Report of the Indian Hemp Drugs Commission, 1894-1895 - Volume III
Year: 1894
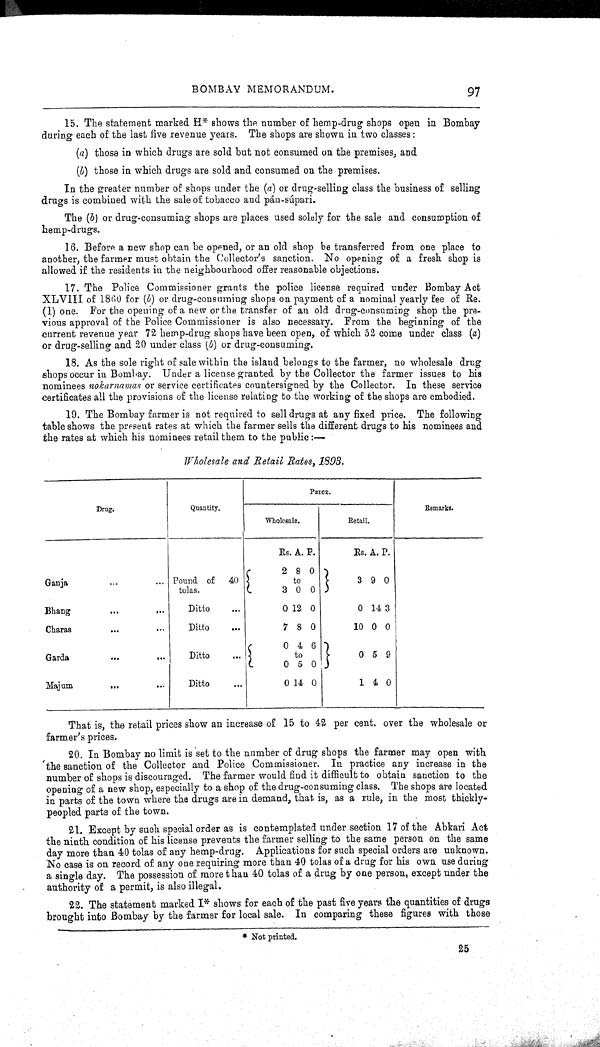
BOMBAY MEMORANDUM.
97
15. The statement marked H* shows the number of hemp-drug shops open in Bombay
during each of the last five revenue years. The shops are shown in two classes:
(a) those in which drugs are sold but not consumed on the premises, and
(b) those in which drugs are sold and consumed on the premises.
In the greater number of shops under the (a) or drug-selling class the business of selling
drugs is combined with the sale of tobacco and pán-súpari.
The (b) or drug-consuming shops are places used solely for the sale and consumption of
hemp-drugs.
16. Before a new shop can be opened, or an old shop be transferred from one place to
another, the farmer must obtain the Collector's sanction. No opening of a fresh shop is
allowed if the residents in the neighbourhood offer reasonable objections.
17. The Police Commissioner grants the police license required under Bombay Act
XLVIII of 1860 for (b) or drug-consuming shops on payment of a nominal yearly fee of Re.
(1) one. For the opening of a new or the transfer of an old drug-consuming shop the pre-
vious approval of the Police Commissioner is also necessary. From the beginning of the
current revenue year 72 hemp-drug shops have been open, of which 52 come under class (a)
or drug-selling and 20 under class (b) or drug-consuming.
18. As the sole right of sale within the island belongs to the farmer, no wholesale drug
shops occur in Bombay. Under a license granted by the Collector the farmer issues to his
nominees nokarnamas or service certificates countersigned by the Collector. In these service
certificates all the provisions of the license relating to the working of the shops are embodied.
19. The Bombay farmer is not required to sell drugs at any fixed price. The following
table shows the present rates at which the farmer sells the different drugs to his nominees and
the rates at which his nominees retail them to the public:—
Wholesale and Retail Rates, 1893.
PRICE.
Drug.
Quantity.
Wholesale.
Retail.
Remarks.
Rs. A. P.
Rs. A. P.
Ganja
Pound of 40
tolas.
2
3
8
to
0
0
0
3 9 0
Bhang
Ditto
0 1 2 0
0 14 3
Charas
Ditto
7 8 0
10 0 0
Garda
Ditto
0
0
4
to
5
6
0
0 5 9
Majum
Ditto
0 14 0
1 4 0
That is, the retail prices show an increase of 15 to 42 per cent. over the wholesale or
farmer's prices.
20. In Bombay no limit is set to the number of drug shops the farmer may open with
the sanction of the Collector and Police Commissioner. In practice any increase in the
number of shops is discouraged. The farmer would find it difficult to obtain sanction to the
opening of a new shop, especially to a shop of the drug-consuming class. The shops are located
in parts of the town where the drugs are in demand, that is, as a rule, in the most thickly-
peopled parts of the town.
21. Except by such special order as is contemplated under section 17 of the Abkari Act
the ninth condition of his license prevents the farmer selling to the same person on the same
day more than 40 tolas of any hemp-drug. Applications for such special orders are unknown.
No case is on record of any one requiring more than 40 tolas of a drug for his own use during
a single day. The possession of more than 40 tolas of a drug by one person, except under the
authority of a permit, is also illegal.
22. The statement marked I* shows for each of the past five years the quantities of drugs
brought into Bombay by the farmer for local sale. In comparing these figures with those
* Not printed.
25